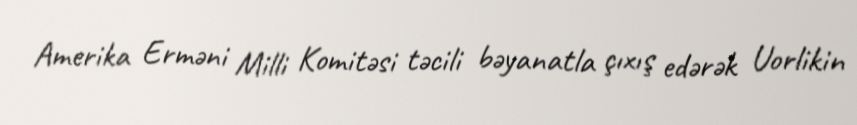
Amerika Erməni Milli Komitəsi təcili bəyanatla çıxış edərək Uorlikin